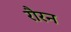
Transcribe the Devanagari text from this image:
रौरन